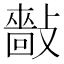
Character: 𢿿